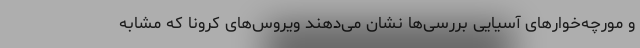
و مورچه‌خوارهای آسیایی بررسی‌ها نشان می‌دهند ویروس‌های کرونا که مشابه